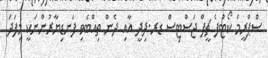
ސްޕްރީމް ކޯޓުފެ ޗީފް ޖަސްޓިސް ޑރ.ދިދީ އާއި ދެން ތިއްބެވި ފަނޑިޔާރުންނަކީ މިފަދަ